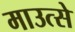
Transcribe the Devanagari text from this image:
माउत्से